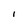
Character: l